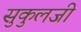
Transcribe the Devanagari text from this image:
सुकुलजी